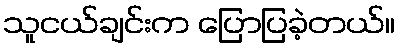
သူငယ်ချင်းက ပြောပြခဲ့တယ်။